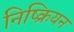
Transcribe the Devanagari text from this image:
निष्क्रियन